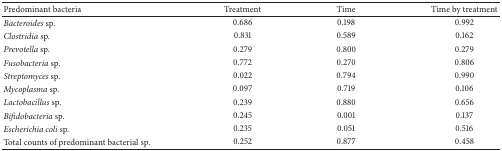
| Predominant bacteria | Treatment | Time | Time by treatment |
 | --- | --- | --- | --- |
 | Bacteroides sp. | 0.686 | 0.198 | 0.992 |
 | Clostridia sp. | 0.831 | 0.589 | 0.162 |
 | Prevotella sp. | 0.279 | 0.800 | 0.279 |
 | Fusobacteria sp. | 0.772 | 0.270 | 0.806 |
 | Streptomyces sp. | 0.022 | 0.794 | 0.990 |
 | Mycoplasma sp. | 0.097 | 0.719 | 0.106 |
 | Lactobacillus sp. | 0.239 | 0.880 | 0.656 |
 | Bifidobacteria sp. | 0.245 | 0.001 | 0.137 |
 | Escherichia coli sp. | 0.235 | 0.051 | 0.516 |
 | Total counts of predominant bacterial sp. | 0.252 | 0.877 | 0.458 |